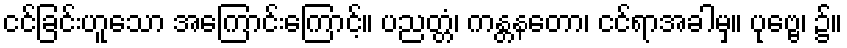
ငင်ခြင်းဟူသော အကြောင်းကြောင့်။ ပညတ္တံ၊ ကန္တနတော၊ ငင်ရာအခါမှ။ ပုဗ္ဗေ၊ ၌။